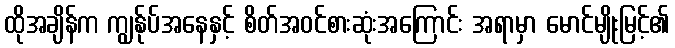
ထိုအချိန်က ကျွန်ုပ်အနေနှင့် စိတ်အဝင်စားဆုံးအကြောင်း အရာမှာ မောင်မျိုးမြင့်၏